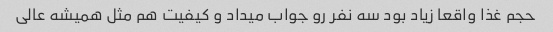
حجم غذا واقعا زیاد بود سه نفر رو جواب میداد و کیفیت هم مثل همیشه عالی